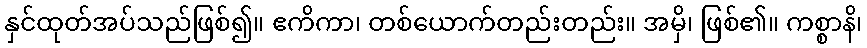
နှင်ထုတ်အပ်သည်ဖြစ်၍။ ဧကိကာ၊ တစ်ယောက်တည်းတည်း။ အမှိ၊ ဖြစ်၏။ ကစ္စာနိ၊